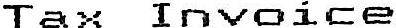
TAX INVOICE